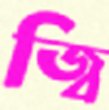
জ্বি